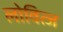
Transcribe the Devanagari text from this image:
लोवित्ज